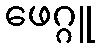
ဖေဂ္ဂူ